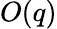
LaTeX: O(q)